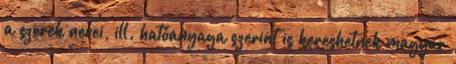
a szerek nevei, ill. hatóanyaga szerint is kereshetnek magyar